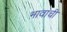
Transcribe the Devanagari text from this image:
भावांची